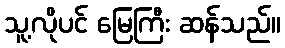
သူ့လိုပင် မြေကြီး ဆန်သည်။